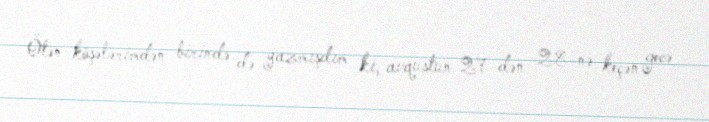
Ötən köşələrimdən birində də yazmışdım ki, avqustun 27-dən 28-nə keçən gecə